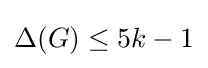
\Delta (G)\leq 5k-1